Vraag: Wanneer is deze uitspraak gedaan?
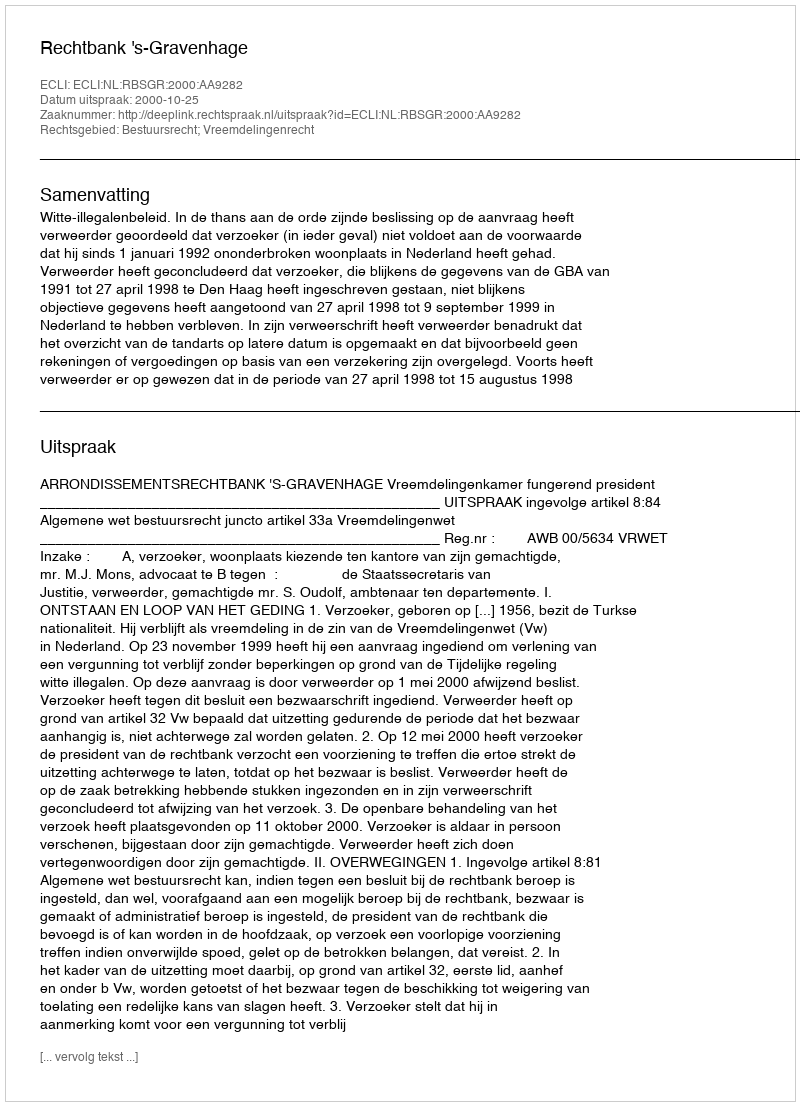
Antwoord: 2000-10-25